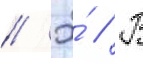
// Э́ // В